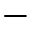
-